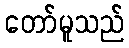
တော်မူသည်